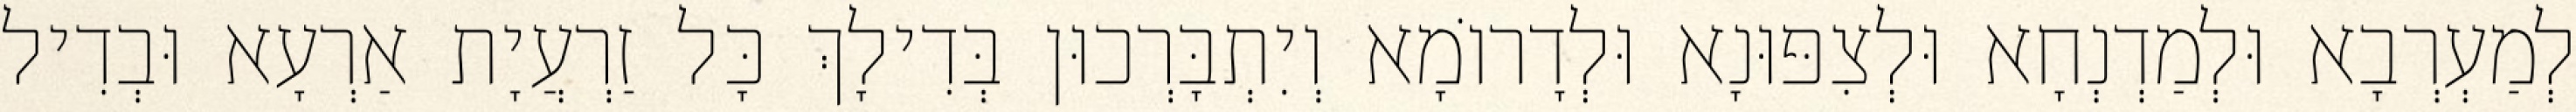
לְמַעְרְבָא וּלְמַדְנְחָא וּלְצִפּוּנָא וּלְדָרוֹמָא וְיִתְבָּרְכוּן בְּדִילָךְ כָּל זַרְעֲיָת אַרְעָא וּבְדִיל